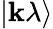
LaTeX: |\mathbf{k}\lambda\rangle